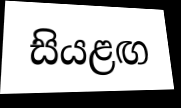
සියළඟ